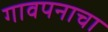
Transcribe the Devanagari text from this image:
गावपनाचा